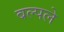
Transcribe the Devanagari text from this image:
बल्पले